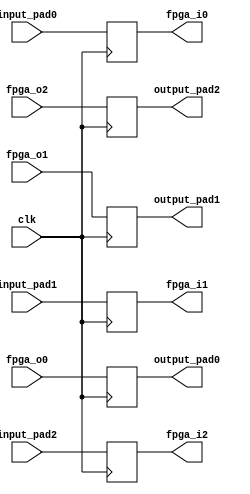
module fpga_io(
               clk,
               fpga_o0,
               fpga_o1,
               fpga_o2,
             
               
               fpga_i0,
               fpga_i1,
               fpga_i2,
              
               
               input_pad0,
               input_pad1,
               input_pad2,
             
               
               output_pad0,
               output_pad1,
               output_pad2
            
              );

  input                    clk;
  
  // net from regs module
  input [31:0]             fpga_o0;
  input [31:0]             fpga_o1;
  input [31:0]             fpga_o2;
  
  
  // net to regs module
  output  [31:0]           fpga_i0;
  output  [31:0]           fpga_i1;
  output  [31:0]           fpga_i2;
  
  
  reg  [31:0]              fpga_i0;
  reg  [31:0]              fpga_i1;
  reg  [31:0]              fpga_i2;
 
  
  // input signals from outside world
  input [31:0]              input_pad0;
  input [31:0]              input_pad1;
  input [31:0]              input_pad2;
  
  
  // output signals to outside world
  output [31:0]            output_pad0;
  output [31:0]            output_pad1;
  output [31:0]            output_pad2;
  
  
  //fpga_o
  reg [31:0]            output_pad0 = 32'hffffffff;
  reg [31:0]            output_pad1 = 32'hffffffff;
  reg [31:0]            output_pad2 = 32'hffffffff;
  
  
  always@(posedge clk)
  begin
   
   output_pad0 <= fpga_o0;
   output_pad1 <= fpga_o1;
   output_pad2 <= fpga_o2;
  
  
  end
  
  always@(posedge clk)
  begin
   fpga_i0 <= input_pad0;
   fpga_i1 <= input_pad1;
   fpga_i2 <= input_pad2;
  
  
  end
  












endmodule